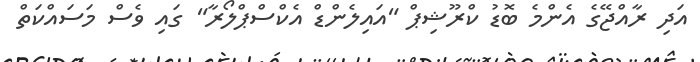
އަދި ރާއްޖޭގެ އެންމެ ބޮޑު ކްރޫޝިޕް "އައިލެންޑް އެކްސްޕްލޯރާ" ގައި ވެސް މަސައްކަތް